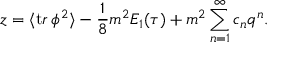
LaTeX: z = \langle { \mathrm t r } \, \phi ^ { 2 } \rangle - { \frac { 1 } { 8 } } m ^ { 2 } E _ { 1 } ( \tau ) + m ^ { 2 } \sum _ { n = 1 } ^ { \infty } c _ { n } q ^ { n } .